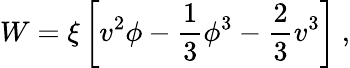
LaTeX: W=\xi\left[v^{2}\phi-{\frac{1}{3}}\phi^{3}-{\frac{2}{3}}v^{3}\right]~,